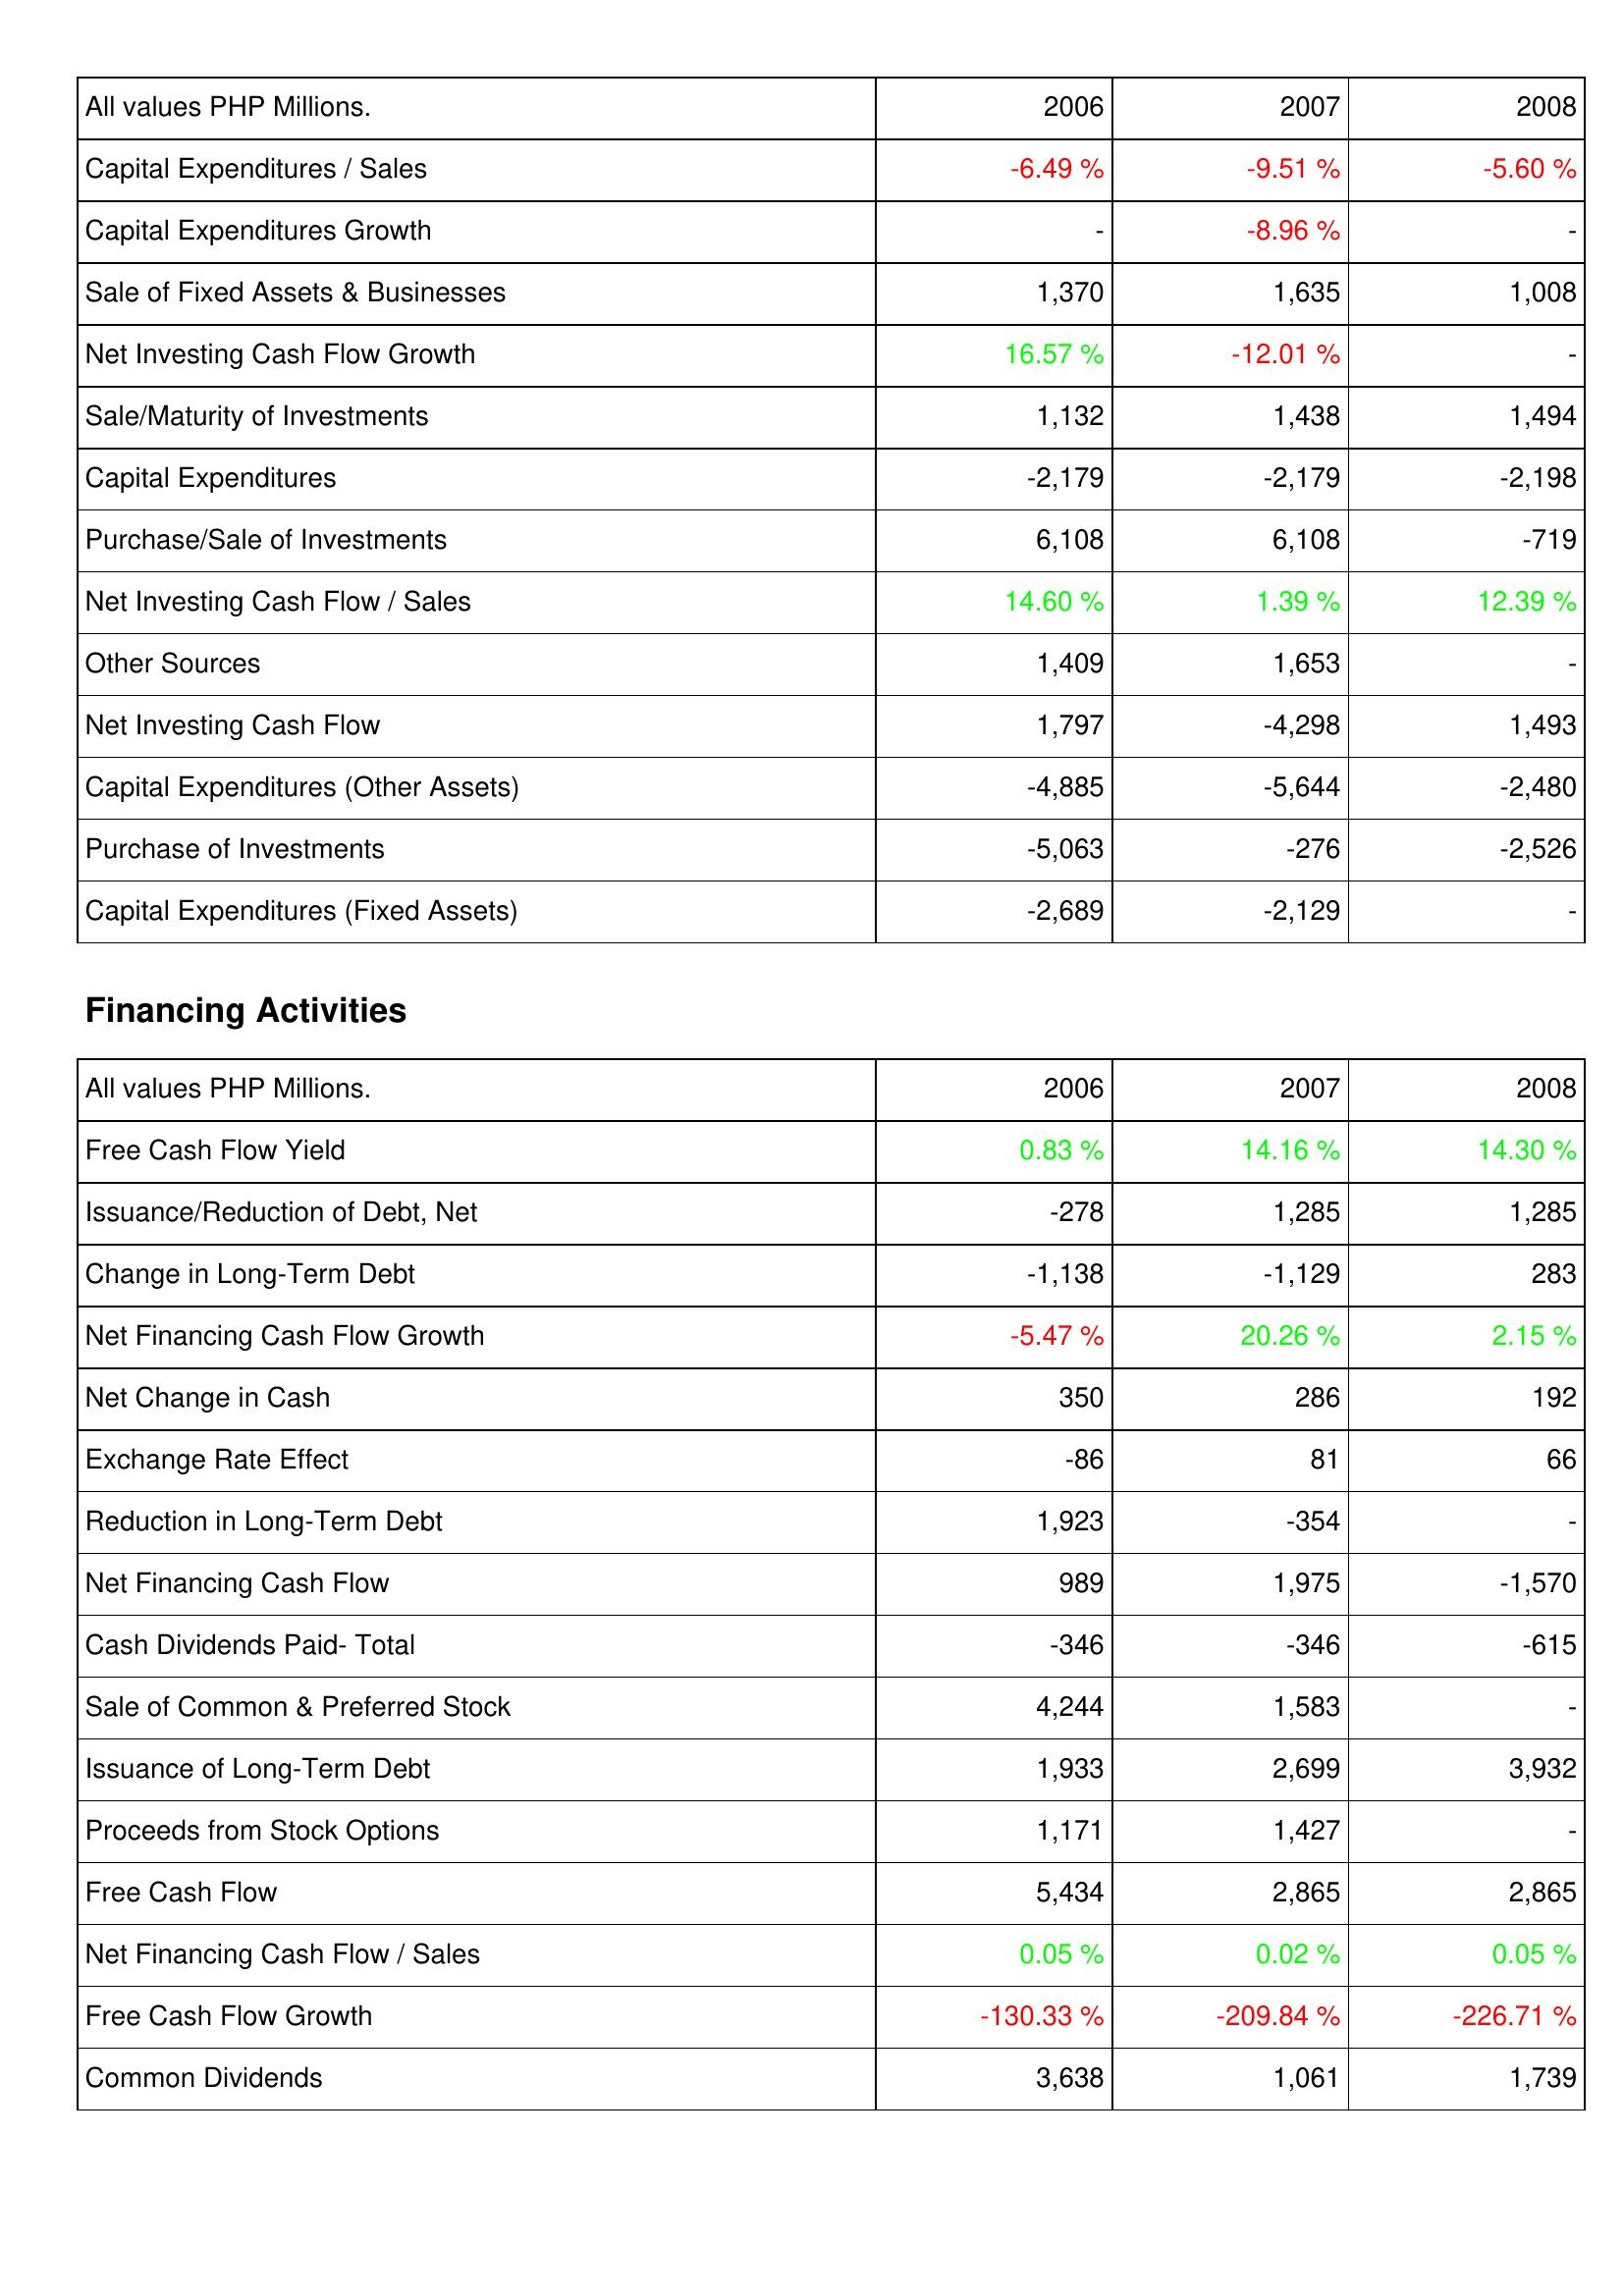
2006: Investing Activities: Capital Expenditures / Sales: -6.49 %
Capital Expenditures Growth: -
Sale of Fixed Assets & Businesses: 1,370
Net Investing Cash Flow Growth: 16.57 %
Sale/Maturity of Investments: 1,132
Capital Expenditures: -2,179
Purchase/Sale of Investments: 6,108
Net Investing Cash Flow / Sales: 14.60 %
Other Sources: 1,409
Net Investing Cash Flow: 1,797
Capital Expenditures (Other Assets): -4,885
Purchase of Investments: -5,063
Capital Expenditures (Fixed Assets): -2,689
Financing Activities: Free Cash Flow Yield: 0.83 %
Issuance/Reduction of Debt, Net: -278
Change in Long-Term Debt: -1,138
Net Financing Cash Flow Growth: -5.47 %
Net Change in Cash: 350
Exchange Rate Effect: -86
Reduction in Long-Term Debt: 1,923
Net Financing Cash Flow: 989
Cash Dividends Paid- Total: -346
Sale of Common & Preferred Stock: 4,244
Issuance of Long-Term Debt: 1,933
Proceeds from Stock Options: 1,171
Free Cash Flow: 5,434
Net Financing Cash Flow / Sales: 0.05 %
Free Cash Flow Growth: -130.33 %
Common Dividends: 3,638
2007: Investing Activities: Capital Expenditures / Sales: -9.51 %
Capital Expenditures Growth: -8.96 %
Sale of Fixed Assets & Businesses: 1,635
Net Investing Cash Flow Growth: -12.01 %
Sale/Maturity of Investments: 1,438
Capital Expenditures: -2,179
Purchase/Sale of Investments: 6,108
Net Investing Cash Flow / Sales: 1.39 %
Other Sources: 1,653
Net Investing Cash Flow: -4,298
Capital Expenditures (Other Assets): -5,644
Purchase of Investments: -276
Capital Expenditures (Fixed Assets): -2,129
Financing Activities: Free Cash Flow Yield: 14.16 %
Issuance/Reduction of Debt, Net: 1,285
Change in Long-Term Debt: -1,129
Net Financing Cash Flow Growth: 20.26 %
Net Change in Cash: 286
Exchange Rate Effect: 81
Reduction in Long-Term Debt: -354
Net Financing Cash Flow: 1,975
Cash Dividends Paid- Total: -346
Sale of Common & Preferred Stock: 1,583
Issuance of Long-Term Debt: 2,699
Proceeds from Stock Options: 1,427
Free Cash Flow: 2,865
Net Financing Cash Flow / Sales: 0.02 %
Free Cash Flow Growth: -209.84 %
Common Dividends: 1,061
2008: Investing Activities: Capital Expenditures / Sales: -5.60 %
Capital Expenditures Growth: -
Sale of Fixed Assets & Businesses: 1,008
Net Investing Cash Flow Growth: -
Sale/Maturity of Investments: 1,494
Capital Expenditures: -2,198
Purchase/Sale of Investments: -719
Net Investing Cash Flow / Sales: 12.39 %
Other Sources: -
Net Investing Cash Flow: 1,493
Capital Expenditures (Other Assets): -2,480
Purchase of Investments: -2,526
Capital Expenditures (Fixed Assets): -
Financing Activities: Free Cash Flow Yield: 14.30 %
Issuance/Reduction of Debt, Net: 1,285
Change in Long-Term Debt: 283
Net Financing Cash Flow Growth: 2.15 %
Net Change in Cash: 192
Exchange Rate Effect: 66
Reduction in Long-Term Debt: -
Net Financing Cash Flow: -1,570
Cash Dividends Paid- Total: -615
Sale of Common & Preferred Stock: -
Issuance of Long-Term Debt: 3,932
Proceeds from Stock Options: -
Free Cash Flow: 2,865
Net Financing Cash Flow / Sales: 0.05 %
Free Cash Flow Growth: -226.71 %
Common Dividends: 1,739